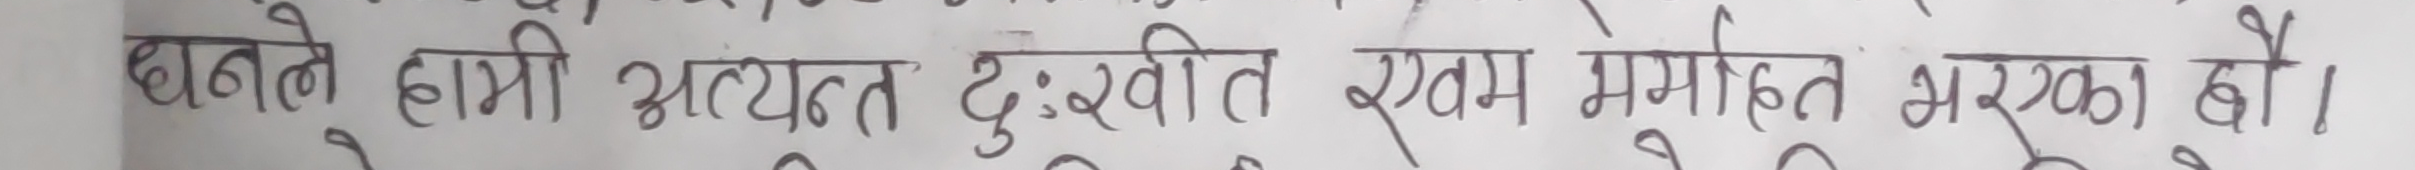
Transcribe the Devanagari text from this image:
धाने हामी अत्यन्त दुःखित एवं मर्माेहत भएका छौ।